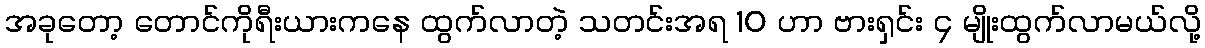
အခုတော့ တောင်ကိုရီးယားကနေ ထွက်လာတဲ့ သတင်းအရ 10 ဟာ ဗားရှင်း ၄ မျိုးထွက်လာမယ်လို့